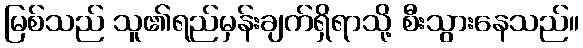
မြစ်သည် သူ၏ရည်မှန်းချက်ရှိရာသို့ စီးသွားနေသည်။